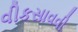
વીકસાવવી